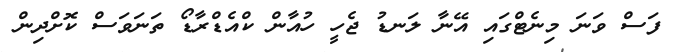
ފަސް ވަނަ މިނެޓްގައި އޭނާ ލަނޑު ޖެހީ ހުއާން ކްއެޑްރާޑޯ ތަނަވަސް ކޮށްދިން